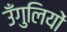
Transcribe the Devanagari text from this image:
उँगुलियों